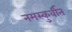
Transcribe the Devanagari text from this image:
नमस्कुर्वीत